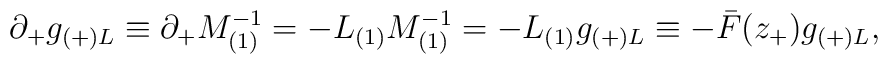
\partial _+g_{(+)L}\equiv \partial _+M_{(1)}^{-1}=-L_{(1)}M_{(1)}^{-1}=-L_{(1)}g_{(+)L}\equiv -\bar {F}(z_+)g_{(+)L},